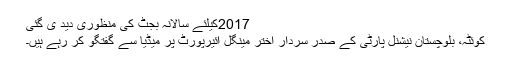
2017کیلئے سالانہ بجٹ کی منظوری دید ی گئی
کوئٹہ، بلوچستان نیشنل پارٹی کے صدر سردار اختر مینگل ائیرپورٹ پر میڈیا سے گفتگو کر رہے ہیں۔